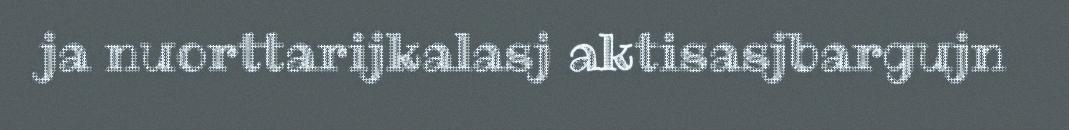
ja nuorttarijkalasj aktisasjbargujn